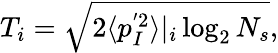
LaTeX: \begin{array}{r}{T_{i}=\sqrt{2\langle p_{I}^{'2}\rangle\vert_{i}\log_{2}N_{s}},}\end{array}